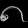
Digit: ၈